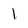
Character: 1